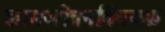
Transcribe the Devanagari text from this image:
कामजीवनविषयक